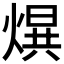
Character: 𤌱